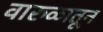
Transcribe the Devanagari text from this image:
वारुळातून